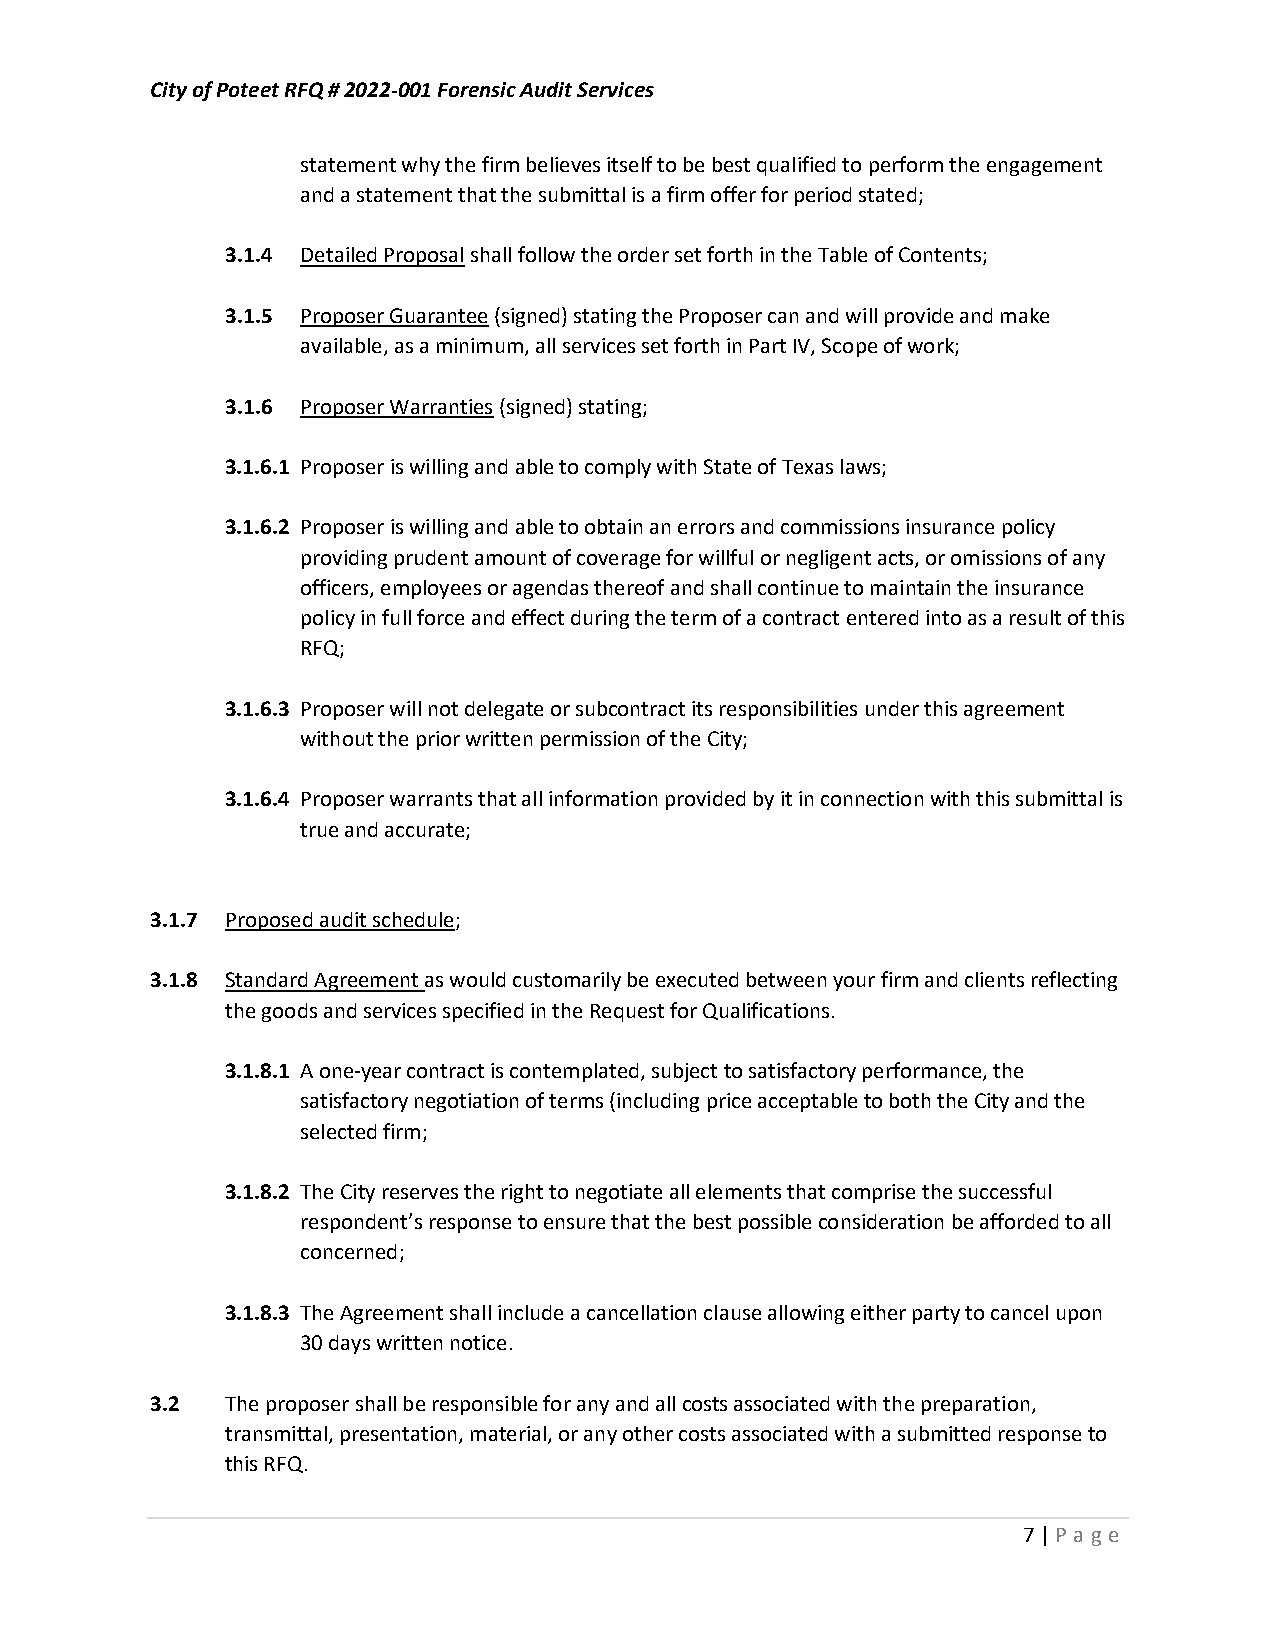
City of Poteet RFQ # 2022-001 Forensic Audit Services
 statement why the firm believes itself to be best qualified to perform the engagement
 and a statement that the submittal is a firm offer for period stated;
 3.1.4 Detailed Proposal shall follow the order set forth in the Table of Contents;
 3.1.5 Proposer Guarantee (signed) stating the Proposer can and will provide and make
 available, as a minimum, all services set forth in Part IV, Scope of work;
 3.1.6 Proposer Warranties (signed) stating;
 3.1.6.1 Proposer is willing and able to comply with State of Texas laws;
 3.1.6.2 Proposer is willing and able to obtain an errors and commissions insurance policy
 providing prudent amount of coverage for willful or negligent acts, or omissions of any
 officers, employees or agendas thereof and shall continue to maintain the insurance
 policy in full force and effect during the term of a contract entered into as a result of this
 RFQ;
 3.1.6.3 Proposer will not delegate or subcontract its responsibilities under this agreement
 without the prior written permission of the City;
 3.1.6.4 Proposer warrants that all information provided by it in connection with this submittal is
 true and accurate;
 3.1.7 Proposed audit schedule;
 3.1.8 Standard Agreement as would customarily be executed between your firm and clients reflecting
 the goods and services specified in the Request for Qualifications.
 3.1.8.1 A one-year contract is contemplated, subject to satisfactory performance, the
 satisfactory negotiation of terms (including price acceptable to both the City and the
 selected firm;
 3.1.8.2 The City reserves the right to negotiate all elements that comprise the successful
 respondent’s response to ensure that the best possible consideration be afforded to all
 concerned;
 3.1.8.3 The Agreement shall include a cancellation clause allowing either party to cancel upon
 30 days written notice.
 3.2  The proposer shall be responsible for any and all costs associated with the preparation,
 transmittal, presentation, material, or any other costs associated with a submitted response to
 this RFQ.
 7 | P age